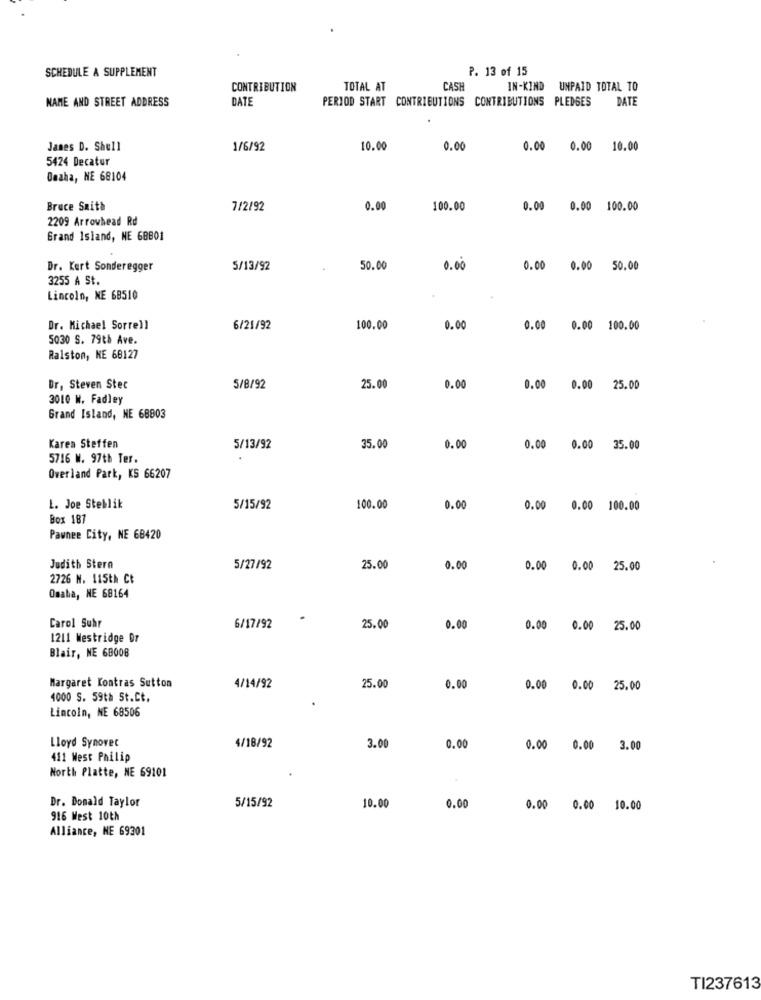
SCHEDULE A SUPPLEMENT
P. 13 of 15
CONTRIBUTION
TOTAL AT
CASH
IN-KIND UNPAID TOTAL TO
NAME AND STREET ADDRESS
DATE
PERIOD START CONTRIBUTIONS CONTRIBUTIONS PLEDGES
DATE
James D. Shell
1/6/92
10.00
0.00
0.00 0.00
10.00
5424 Decatur
Omaha, NE 68104
Bruce Saith
7/2/92
0.00
100.00
0.00 0.00 100.00
2209 Arrowhead Rd
Grand Island, NE 68801
Dr. Kert Sonderegger
5/13/92
50.00
0.00
0.00 0.00 50.00
3255 A St.
Lincoln, NE 68510
Dr. Michael Sorrell
6/21/92
100.00
0.00
0.00 0.00 100.00
5030 S. 79th Ave.
Ralston, NE 68127
Dr, Steven Stec
5/8/92
25.00
0.00
0.00 0.00 25.00
3010 W. Fadley
Grand Island, NE 68803
Karea Steffen
5/13/92
35.00
0.00
0.00 0.00 35.00
5716 W. 97th Ter.
Overland Park, KS 66207
L. Joe Steblik
5/15/92
100.00
0.00
0.00 0.00 100.00
Box 187
Pawnee City, NE 68420
Judith Stern
5/27/92
25.00
0.00
0.00 0.00 25.00
2726 N. 115th Ct
Omaha, NE 68164
Carol Suhr
6/17/92
25.00
0.00
0.00 0.00 25.00
1211 Westridge Dr
Blair, NE 68008
Margaret Kontras Sutton
4/14/92
25.0
0.00
0.00 0.00 25.00
1000 S. 59th St.Ct.
Lincoln, NE 68506
4/18/92
Lloyd Synovec
3.00
0.00
0.00 0.00 3.00
411 West Philip
North Platte, NE 69101
Dr. Donald Taylor
5/15/92
10.00
0.00
0.00 0.00 10.00
916 West 10th
Alliance, NE 69301
TI237613